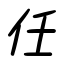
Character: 任